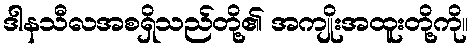
ဒါနသီလအစရှိသည်တို့၏ အကျိုးအထူးတို့ကို။